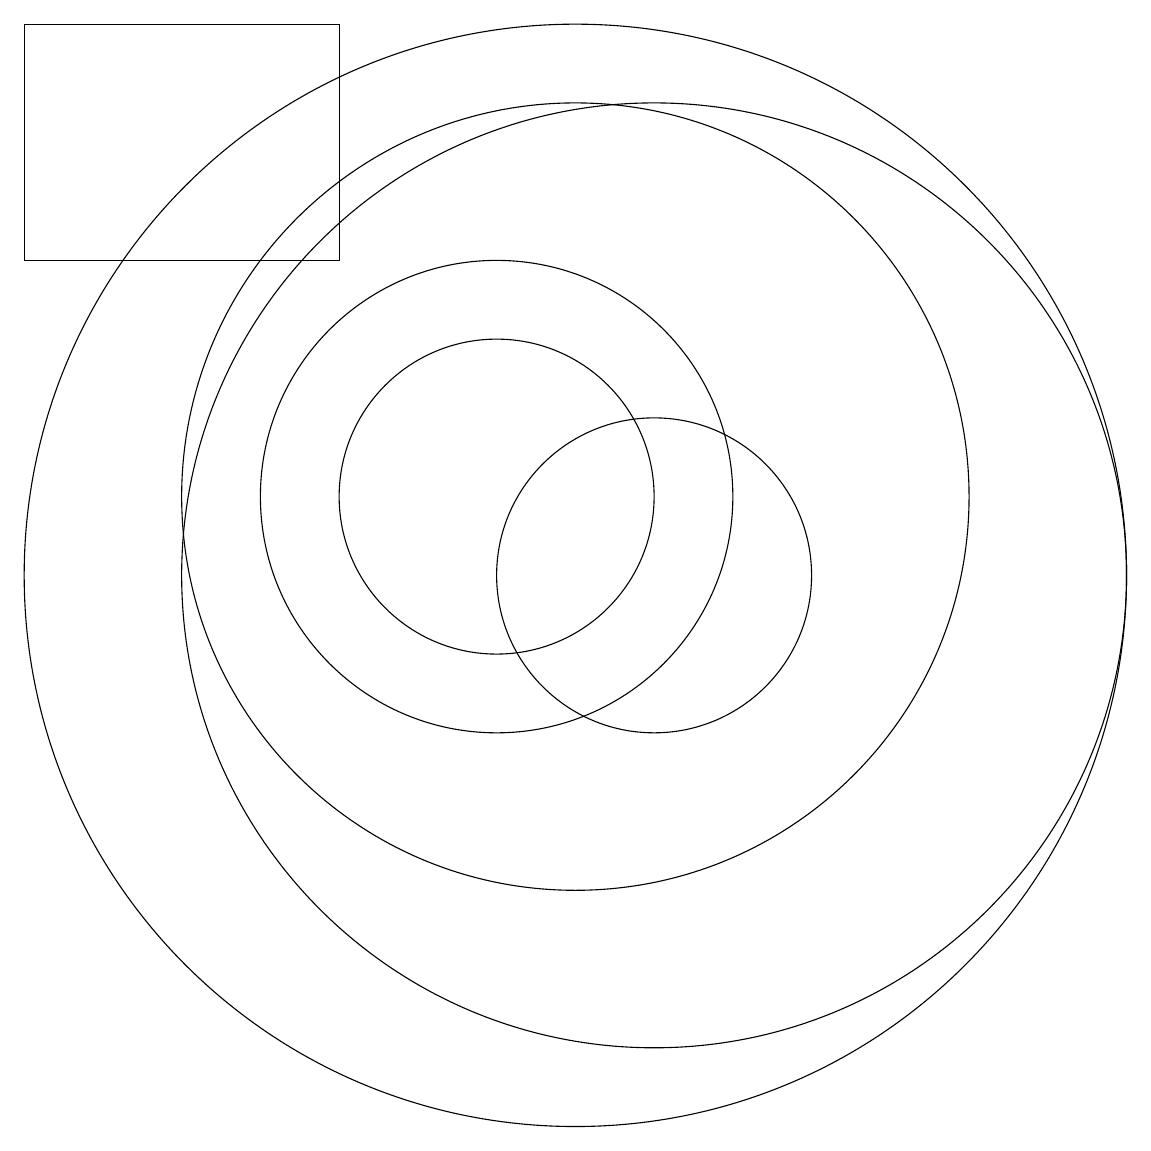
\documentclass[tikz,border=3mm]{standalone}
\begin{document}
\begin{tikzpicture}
\draw (10,11) circle (2);
\draw (12,10) circle (2);
\draw (12,10) circle (6);
\draw (10,11) circle (3);
\draw (11,11) circle (5);
\draw (8,17) rectangle (4,14);
\draw (11,10) circle (7);
\draw (10,12) circle (0);
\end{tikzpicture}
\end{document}